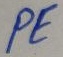
Text: PE